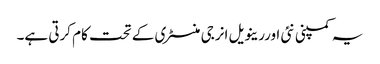
یہ کمپنی نئی اوررینویل انرجی منسٹری کے تحت کام کرتی ہے۔